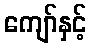
ကျော်နှင့်